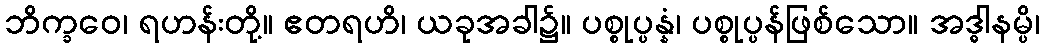
ဘိက္ခဝေ၊ ရဟန်းတို့။ ဧတရဟိ၊ ယခုအခါ၌။ ပစ္စုပ္ပန္နံ၊ ပစ္စုပ္ပန်ဖြစ်သော။ အဒ္ဓါနမ္ပိ၊